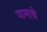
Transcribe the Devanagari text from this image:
यामाबे